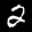
Label: 2